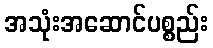
အသုံးအဆောင်ပစ္စည်း